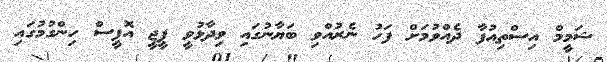
ޝަމީމް އިސްތިއުފާ ދެއްވުމަށް ފަހު ނެރުއްވި ބަޔާނުގައި ވިދާޅުވީ ޕީޖީ އޮފީސް ހިންގުމުގައި